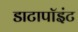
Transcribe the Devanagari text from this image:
डाटापॉइंट